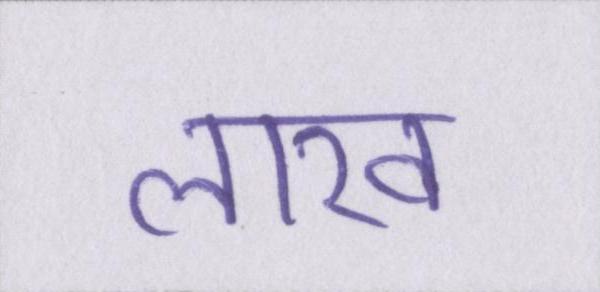
लाख